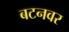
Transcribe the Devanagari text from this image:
बटनवर